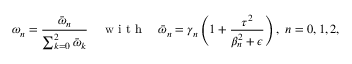
\omega _ { n } = \frac { \bar { \omega } _ { n } } { \sum _ { k = 0 } ^ { 2 } \bar { \omega } _ { k } } \quad \mathrm { ~ w ~ i ~ t ~ h ~ } \quad \bar { \omega } _ { n } = \gamma _ { n } \left( 1 + \frac { \tau ^ { 2 } } { \beta _ { n } ^ { 2 } + \epsilon } \right) , ~ n = 0 , 1 , 2 ,